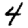
Digit: 4